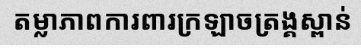
តម្លាភាពការពារក្រឡាចត្រង្គស្ពាន់